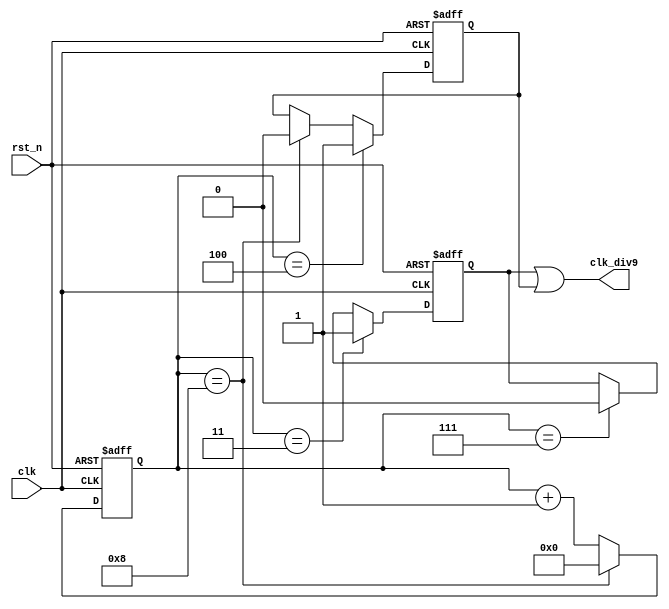
module clk_div_odd_or #(
	parameter DIV_CLK = 9
	)(
	input clk,    // Clock
	input rst_n,  // Asynchronous reset active low
	output wire clk_div9
);
	 reg [3 : 0] cnt ;
	 always @(posedge clk or negedge rst_n) begin
	 	if (rst_n == 1'b0) begin
	 		cnt <= 4'b0000 ;
	 	end
	 	else if (cnt == DIV_CLK-1) begin
	 		cnt <= 4'b0000 ;
	 	end else begin
	 		cnt <= cnt + 1'b1 ;
	 	end
	 end

	 reg clkp_div9_r;
	 always @(posedge clk or negedge rst_n) begin
	 	if (rst_n == 1'b0) begin
	 		clkp_div9_r <= 1'b0 ;
	 	end
	 	else if (cnt == (DIV_CLK/2-1)) begin
	 		clkp_div9_r <= 1'b1 ; // counter is 4-8,output 0
	 	end else if (cnt == DIV_CLK-2) begin
	 		clkp_div9_r <= 1'b0 ; // counter is 0-3,output 1
	 	end
	 end

	 reg clkn_div9_r ;
	 always @(negedge clk or negedge rst_n) begin
	 	if (rst_n == 1'b0) begin
	 		clkn_div9_r <= 1'b0 ;
	 	end
	 	else if (cnt == (DIV_CLK/2)) begin
	 		clkn_div9_r <= 1'b1 ;
	 	end else if (cnt == (DIV_CLK - 1)) begin
	 		clkn_div9_r <= 1'b0 ;
	 	end
	 end

	 // logic or, using clkor cell
	 assign clk_div9 = clkp_div9_r | clkn_div9_r ;
endmodule